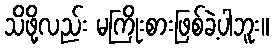
သိဖို့လည်း မကြိုးစားဖြစ်ခဲ့ပါဘူး။